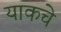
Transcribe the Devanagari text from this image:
याकचे